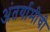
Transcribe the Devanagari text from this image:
अंतर्यामीची